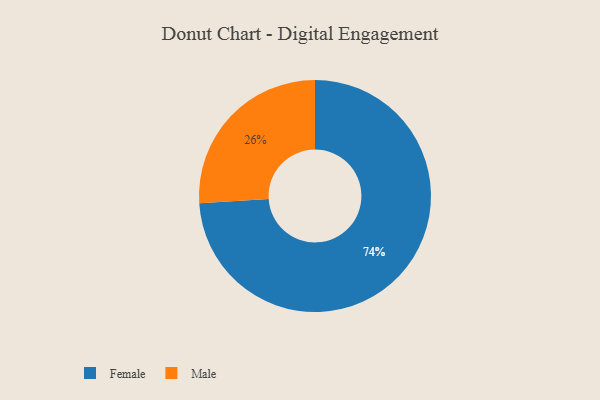
{"axis": {"x": "Category", "y": "Percentage"}, "legend": ["Female", "Male"], "data": [{"x": "Male", "y": 26, "type": "Male"}, {"x": "Female", "y": 74, "type": "Female"}]}